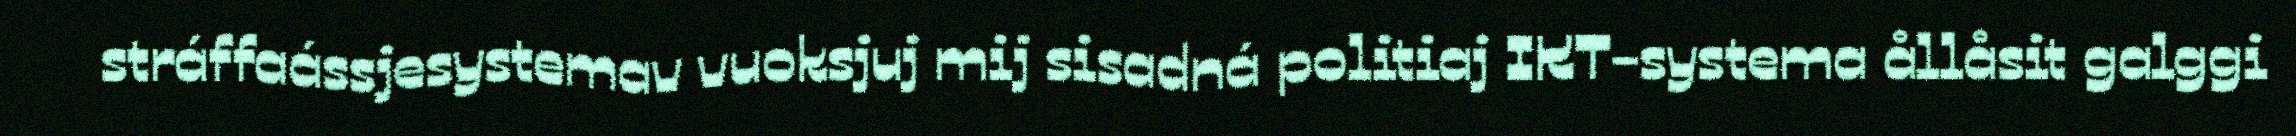
stráffaássjesystemav vuoksjuj mij sisadná politiaj IKT-systema ållåsit galggi